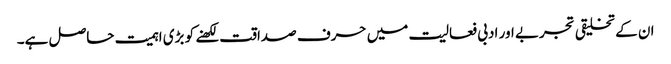
ان کے تخلیقی تجربے اور ادبی فعالیت میں حرف صداقت لکھنے کو بڑی اہمیت حاصل ہے۔